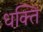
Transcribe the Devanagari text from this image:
धक्ति